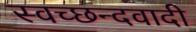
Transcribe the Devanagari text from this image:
स्वच्छन्दवादी